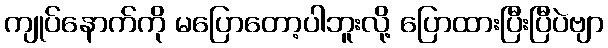
ကျုပ်နောက်ကို မပြောတော့ပါဘူးလို့ ပြောထားပြီးပြီပဲဗျာ